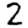
Digit: 2